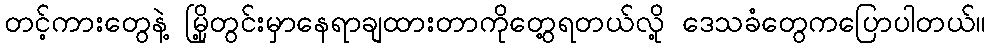
တင့်ကားတွေနဲ့ မြို့တွင်းမှာနေရာချထားတာကိုတွေ့ရတယ်လို့ ဒေသခံတွေကပြောပါတယ်။